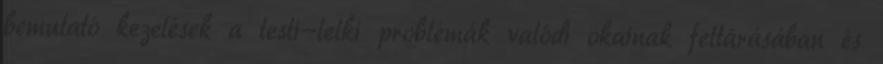
bemutató kezelések a testi-lelki problémák valódi okainak feltárásában és